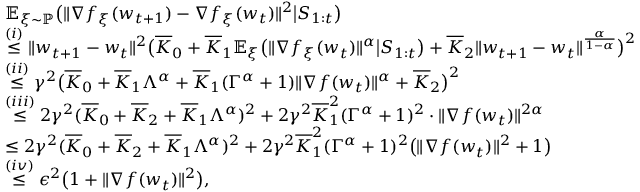
\begin{array} { r l } & { \mathbb { E } _ { \xi \sim \mathbb { P } } \big ( \| \nabla f _ { \xi } ( { w _ { t + 1 } } ) - \nabla f _ { \xi } ( w _ { t } ) \| ^ { 2 } \big | S _ { 1 : t } \big ) } \\ & { \overset { ( i ) } { \le } \| w _ { t + 1 } - w _ { t } \| ^ { 2 } \big ( \overline { { K } } _ { 0 } + \overline { { K } } _ { 1 } \mathbb { E } _ { \xi } \big ( \| \nabla f _ { \xi } ( w _ { t } ) \| ^ { \alpha } \big | S _ { 1 : t } \big ) + \overline { { K } } _ { 2 } \| w _ { t + 1 } - w _ { t } \| ^ { \frac { \alpha } { 1 - \alpha } } \big ) ^ { 2 } } \\ & { \overset { ( i i ) } { \le } \gamma ^ { 2 } \big ( \overline { { K } } _ { 0 } + \overline { { K } } _ { 1 } \Lambda ^ { \alpha } + \overline { { K } } _ { 1 } ( \Gamma ^ { \alpha } + 1 ) \| \nabla f ( w _ { t } ) \| ^ { \alpha } + \overline { { K } } _ { 2 } \big ) ^ { 2 } } \\ & { \overset { ( i i i ) } { \le } 2 \gamma ^ { 2 } ( \overline { { K } } _ { 0 } + \overline { { K } } _ { 2 } + \overline { { K } } _ { 1 } \Lambda ^ { \alpha } ) ^ { 2 } + 2 \gamma ^ { 2 } \overline { { K } } _ { 1 } ^ { 2 } ( \Gamma ^ { \alpha } + 1 ) ^ { 2 } \cdot \| \nabla f ( w _ { t } ) \| ^ { 2 \alpha } } \\ & { \le 2 \gamma ^ { 2 } ( \overline { { K } } _ { 0 } + \overline { { K } } _ { 2 } + \overline { { K } } _ { 1 } \Lambda ^ { \alpha } ) ^ { 2 } + 2 \gamma ^ { 2 } \overline { { K } } _ { 1 } ^ { 2 } ( \Gamma ^ { \alpha } + 1 ) ^ { 2 } \big ( \| \nabla f ( w _ { t } ) \| ^ { 2 } + 1 \big ) } \\ & { \overset { ( i v ) } { \le } \epsilon ^ { 2 } \big ( 1 + \| \nabla f ( w _ { t } ) \| ^ { 2 } \big ) , } \end{array}